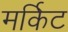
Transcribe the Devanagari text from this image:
मर्किट